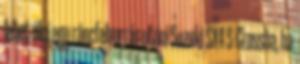
lehet ülni egy ráncfelvarrás utáni Suzuki SX4 S-Crossba, ha